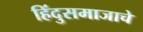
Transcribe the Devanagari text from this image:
हिंदुसमाजाचे